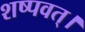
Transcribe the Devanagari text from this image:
शष्पवत्‌।